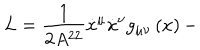
L = \frac { 1 } { 2 A ^ { 2 2 } } \dot { x } ^ { \mu } \dot { x } ^ { \nu } g _ { \mu \nu } \left( x \right) -